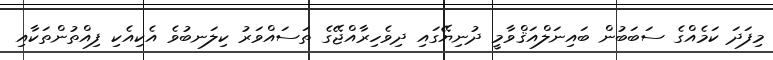
މިފަދަ ކަމެއްގެ ސަބަބުން ބައިނަލްއަޤްވާމީ ދުނިޔޭގައި ދިވެހިރާއްޖޭގެ ތަސައްވަރު ކިލަނބުވެ އެކިއެކި ފިއްތުންތަކާއި